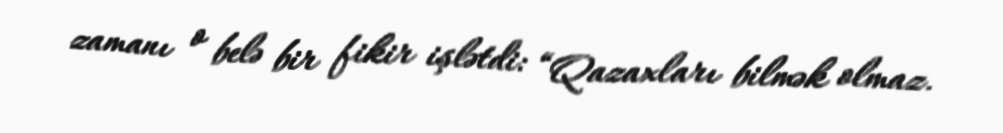
zamanı o belə bir fikir işlətdi: “Qazaxları bilmək olmaz.